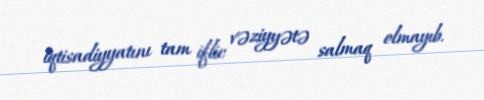
iqtisadiyyatını tam iflic vəziyyətə salmaq olmayıb.